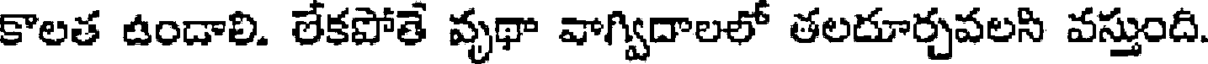
కాలత ఉండాలి. లేకపోతే వృథా వాగ్విదాలలో తలదూర్చవలసి వస్తుంది